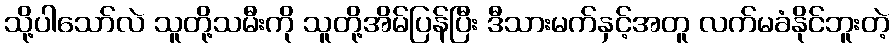
သို့ပါသော်လဲ သူတို့သမီးကို သူတို့အိမ်ပြန်ပြီး ဒီသားမက်နှင့်အတူ လက်မခံနိုင်ဘူးတဲ့